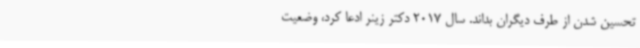
تحسین شدن از طرف دیگران بداند. سال 2017 دکتر زینر ادعا کرد، وضعیت